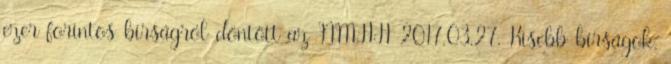
ezer forintos bírságról döntött az NMHH 2017.03.27. Kisebb bírságok,